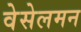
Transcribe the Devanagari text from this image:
वेसेलमन